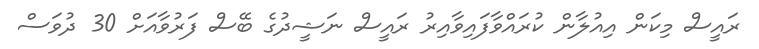
ރައީސް މިކަން އިއުލާން ކުރައްވާފައިވާއިރު ރައީސް ނަޝީދުގެ ބޭސް ފަރުވާއަށް 30 ދުވަސް